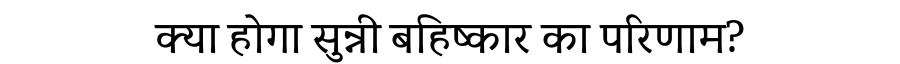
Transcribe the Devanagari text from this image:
क्या होगा सुन्नी बहिष्कार का परिणाम?